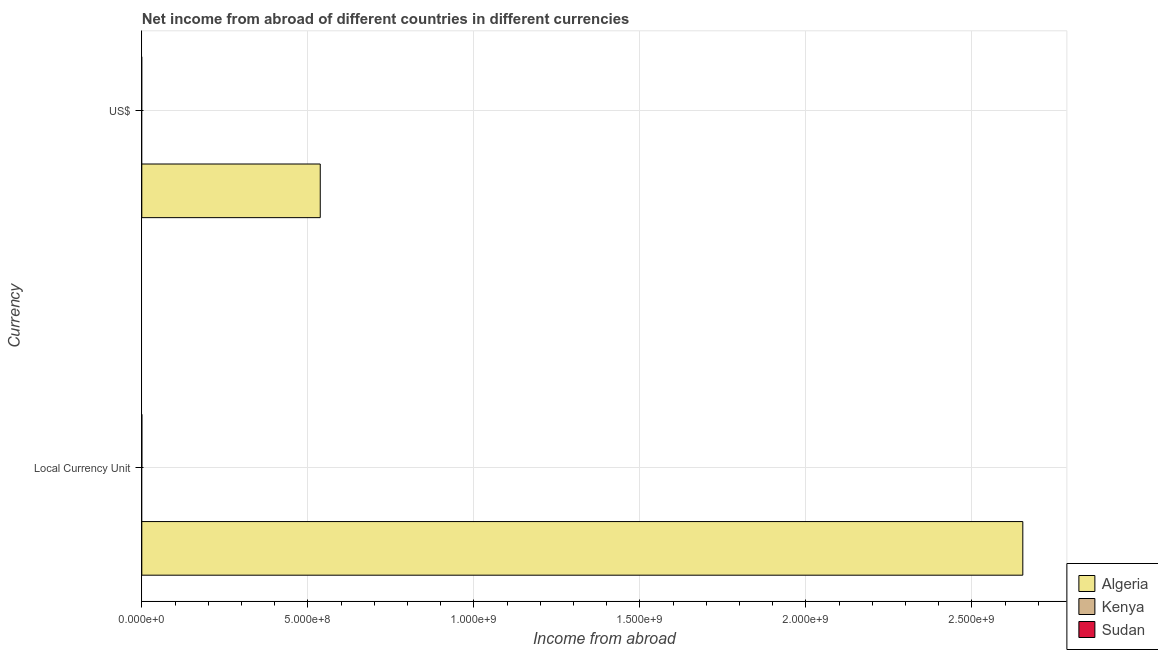
| Currency | Algeria | Kenya | Sudan |
 | --- | --- | --- | --- |
 | Local Currency Unit | 2.65e+09 | -1.62e+08 | -200 |
 | US$ | 5.37e+08 | -2.27e+07 | -5.74e+05 |